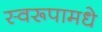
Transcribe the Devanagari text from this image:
स्वरूपामधे